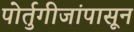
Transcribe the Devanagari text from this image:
पोर्तुगीजांपासून